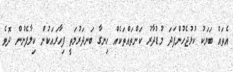
އެތައް ބަޔަކު ކުޅުޖެހުންފަދަ މުޑުދާރު ކަންތައްތަކެއް ހިނގާ ބަނދަރުމަތީ ފިހާރައަކުން ކިލާފެނުން ދޮވެ